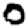
Digit: 0